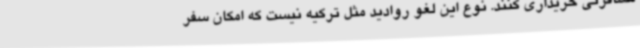
مسافرتی خریداری کنند. نوع این لغو روادید مثل ترکیه نیست که امکان سفر